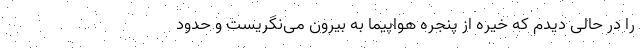
را در حالی دیدم که خیره از پنجره هواپیما به بیرون می‌نگریست و حدود